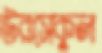
উরসেকুল